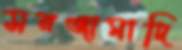
সরঞ্জামাদি